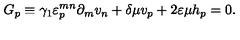
G _ { p } \equiv \gamma _ { 1 } \varepsilon _ { p } ^ { m n } \partial _ { m } v _ { n } + \delta \mu v _ { p } + 2 \varepsilon \mu h _ { p } = 0 .